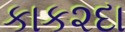
કાક૨દા